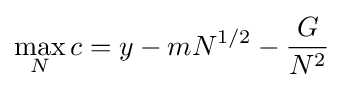
\max _{N}c=y-mN^{1/2}-{\frac {G}{N^{2}}}\;